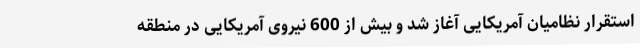
استقرار نظامیان آمریکایی آغاز شد و بیش از 600 نیروی آمریکایی در منطقه